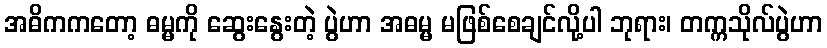
အဓိကကတော့ ဓမ္မကို ဆွေးနွေးတဲ့ ပွဲဟာ အဓမ္မ မဖြစ်စေချင်လို့ပါ ဘုရား၊ တက္ကသိုလ်ပွဲဟာ